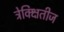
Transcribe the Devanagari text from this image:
ट्रेक्क्षितीज